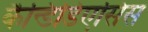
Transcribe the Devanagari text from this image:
कैन्डिडिएसिस